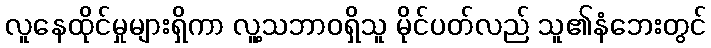
လူနေထိုင်မှုများရှိကာ လူ့သဘာဝရှိသူ မိုင်ပတ်လည် သူ၏နံဘေးတွင်